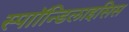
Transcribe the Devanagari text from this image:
स्पाॉन्डिलाइसिस